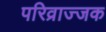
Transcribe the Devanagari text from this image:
परिव्राज्जक